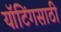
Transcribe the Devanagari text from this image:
यॉटिंगसाठी